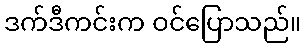
ဒက်ဒီကင်းက ဝင်ပြောသည်။